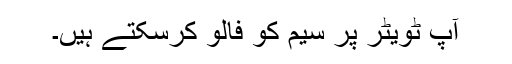
آپ ٹویٹر پر سیم کو فالو کرسکتے ہیں۔